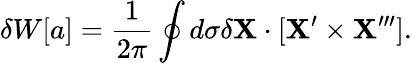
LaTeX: \delta W[a]=\frac{1}{2\pi}\oint d\sigma\delta{\mathbf X}\cdot[{\mathbf X}^{\prime}\times{\mathbf X}^{\prime\prime\prime}].